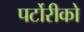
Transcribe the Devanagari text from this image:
पर्टोरीको